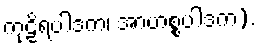
ကုဠိရပါဒက၊ အာဟစ္စပါဒက).